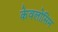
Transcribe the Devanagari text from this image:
केवलोसिम